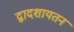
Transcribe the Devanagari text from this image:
द्वादशायतन